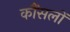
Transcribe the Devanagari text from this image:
कौंसलों